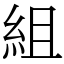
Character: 組